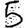
Digit: 5